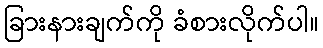
ခြားနားချက်ကို ခံစားလိုက်ပါ။